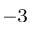
^ { - 3 }